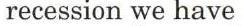
recession we have